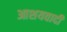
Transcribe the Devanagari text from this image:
आशयवादी